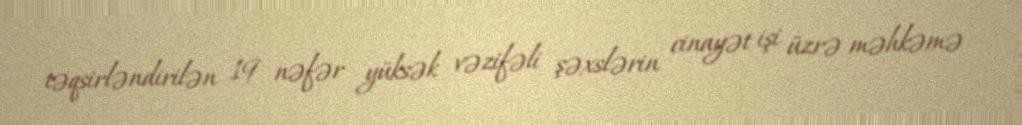
təqsirləndirilən 19 nəfər yüksək vəzifəli şəxslərin cinayət işi üzrə məhkəmə